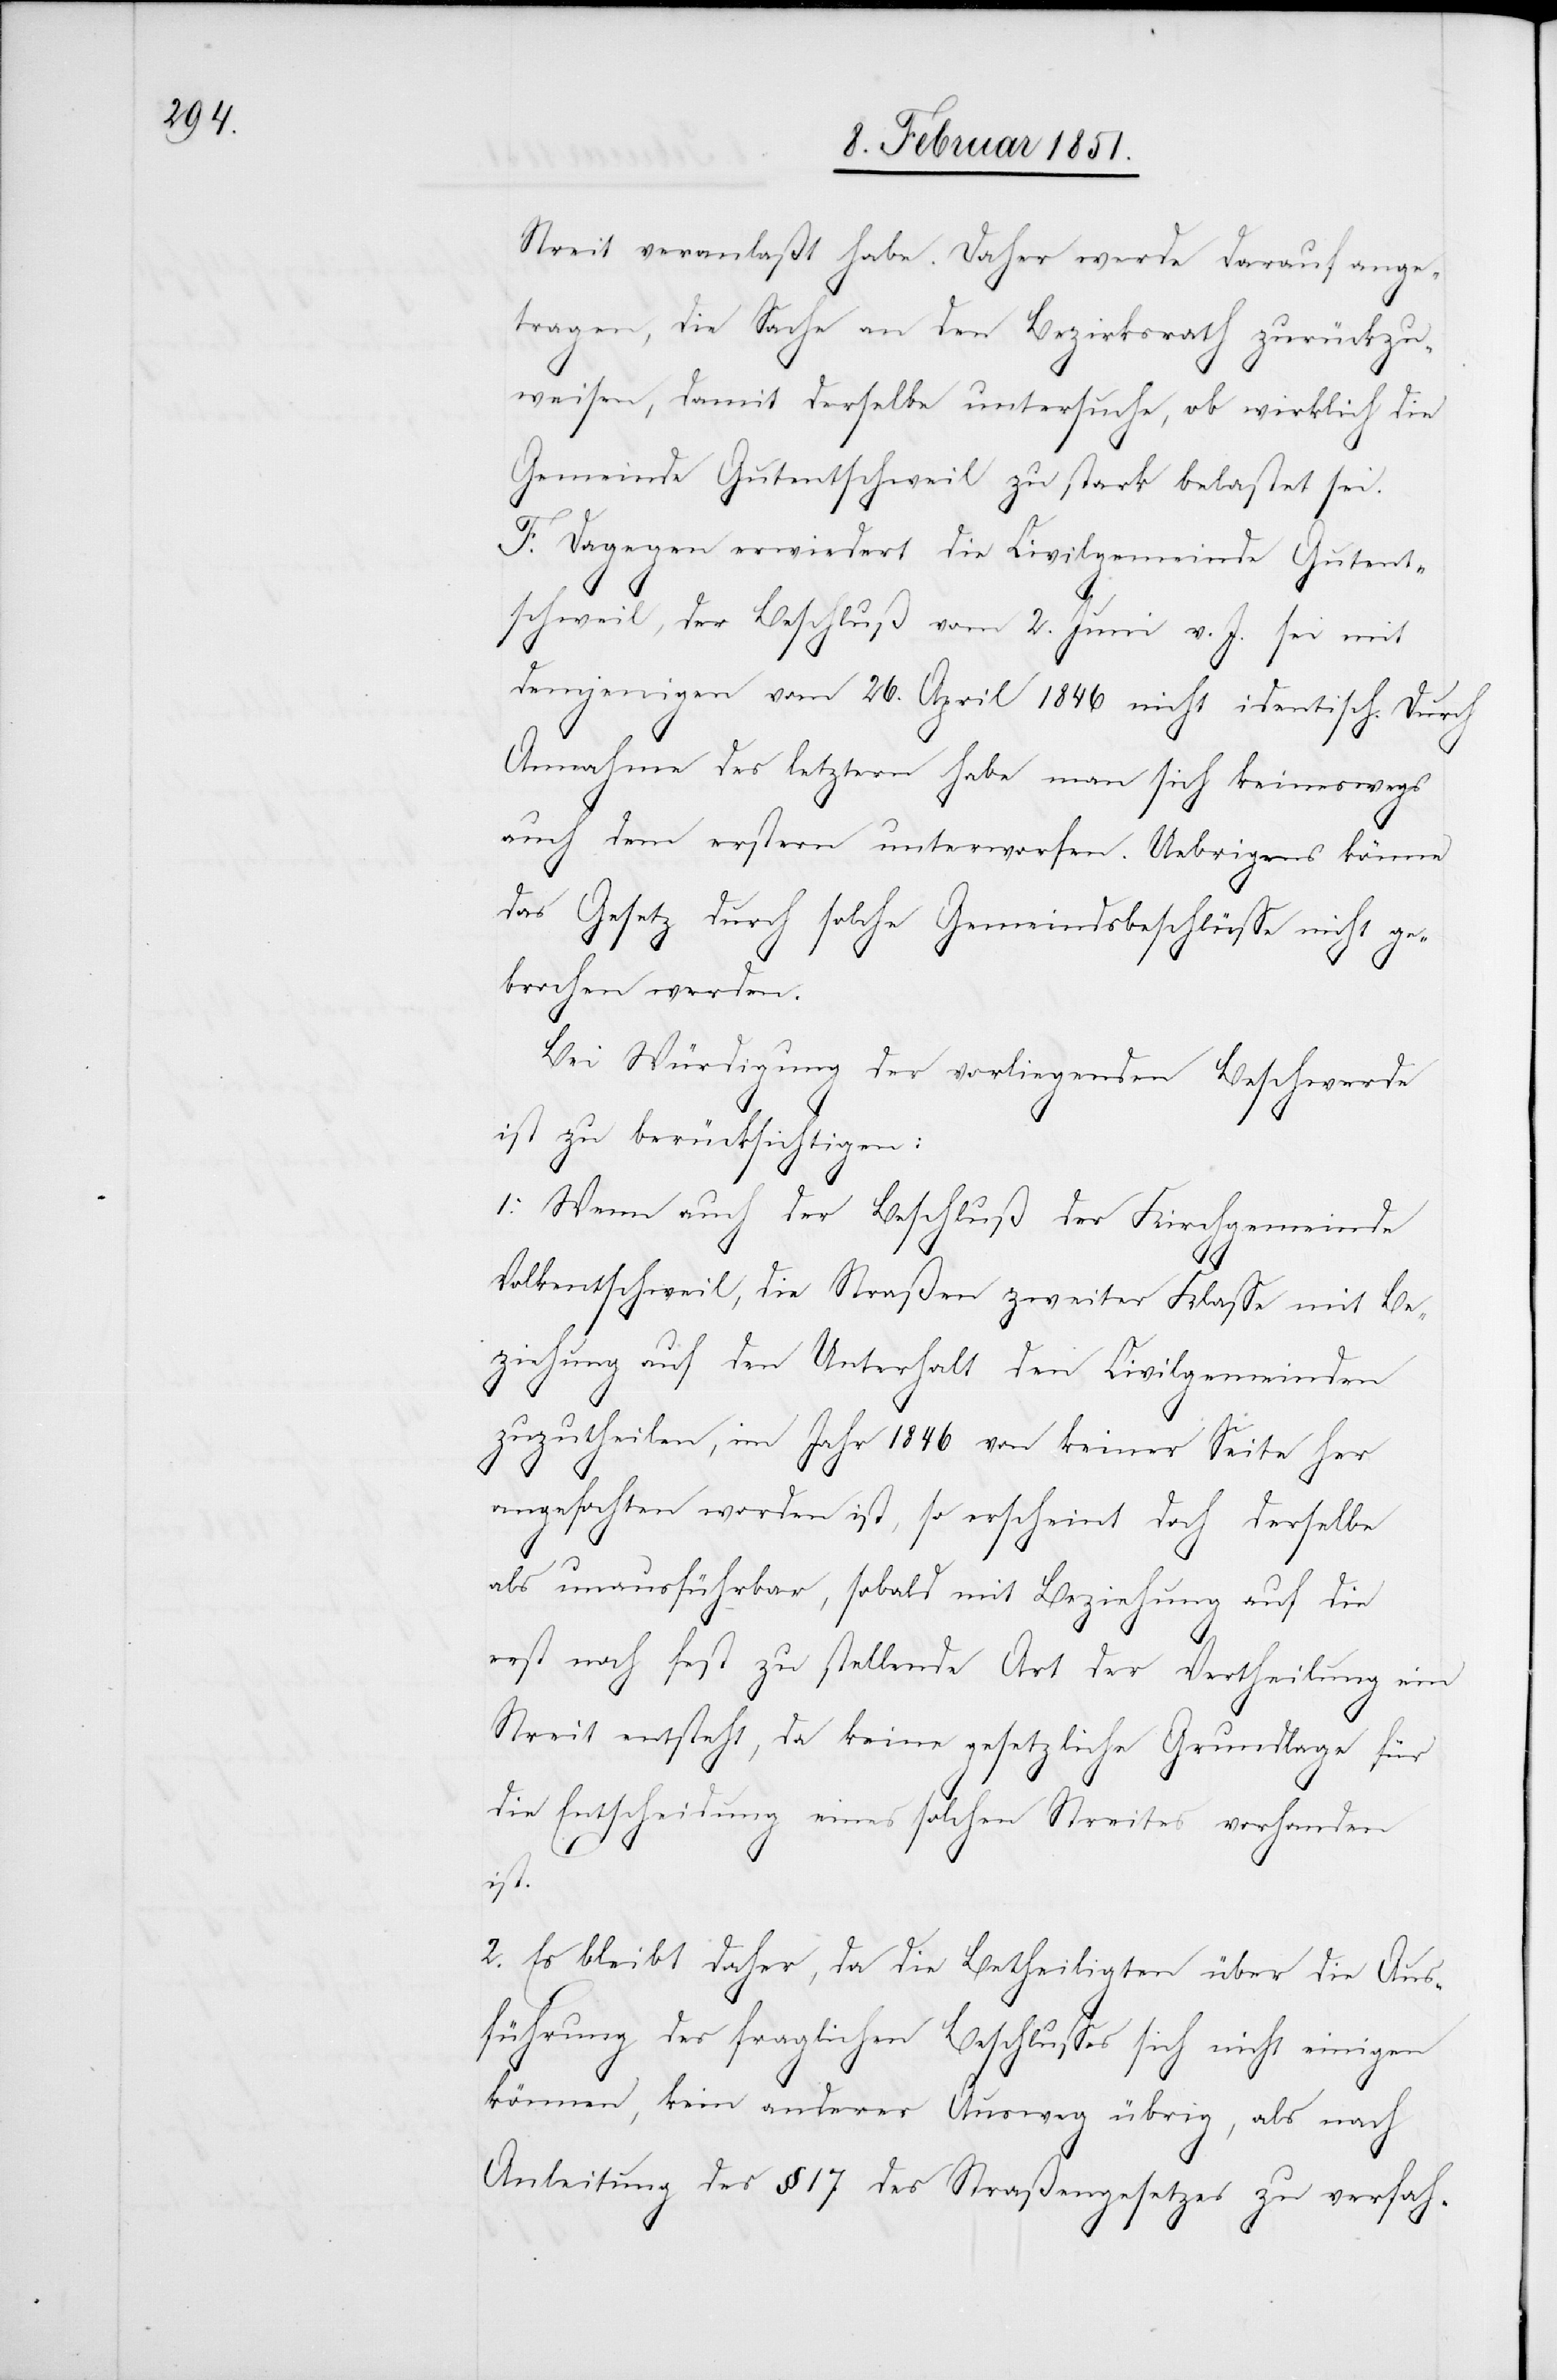
Streit veranlaßt habe. Daher werde darauf ange¬
tragen, die Sache an den Bezirksrath zurückzu¬
weisen, damit derselbe untersuche, ob wirklich die
Gemeinde Gutentschweil zu stark belastet sei.
F. Dagegen erwiedert die Civilgemeinde Gutent¬
schweil, der Beschluß vom 2. Juni v. J. sei mit
demjenigen vom 26. April 1846 nicht identisch. Dur¬
ch
Annahme des letztern habe man sich keineswegs
auch dem erstern unterworfen. Uebrigens könne
das Gesetz durch solche Gemeindsbeschlüsse nicht ge¬
brochen werden.
Bei Würdigung der vorliegenden Beschwerde
ist zu berücksichtigen:
1. Wenn auch der Beschluß der Kirchgemeinde
Volkentschweil, die Straßen zweiter Klasse mit Be¬
ziehung auf den Unterhalt den Civilgemeinden
zuzutheilen, im Jahr 1846 von keiner Seite her
angefochten worden ist, so erscheint doch derselbe
als unausführbar, sobald mit Beziehung auf die
erst noch fest zu stellende Art der Vertheilung ein
Streit entsteht, da keine gesetzliche Grundlage für
die Entscheidung eines solchen Streites vorhanden
ist.
2. Es bleibt daher, da die Betheiligten über die Aus¬
führung des fraglichen Beschlusses sich nicht einigen
können, kein anderer Ausweg übrig, als nach
Anleitung des § 17 des Straßengesetzes zu verfah-